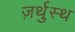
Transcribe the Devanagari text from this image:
ज़र्थुस्थ